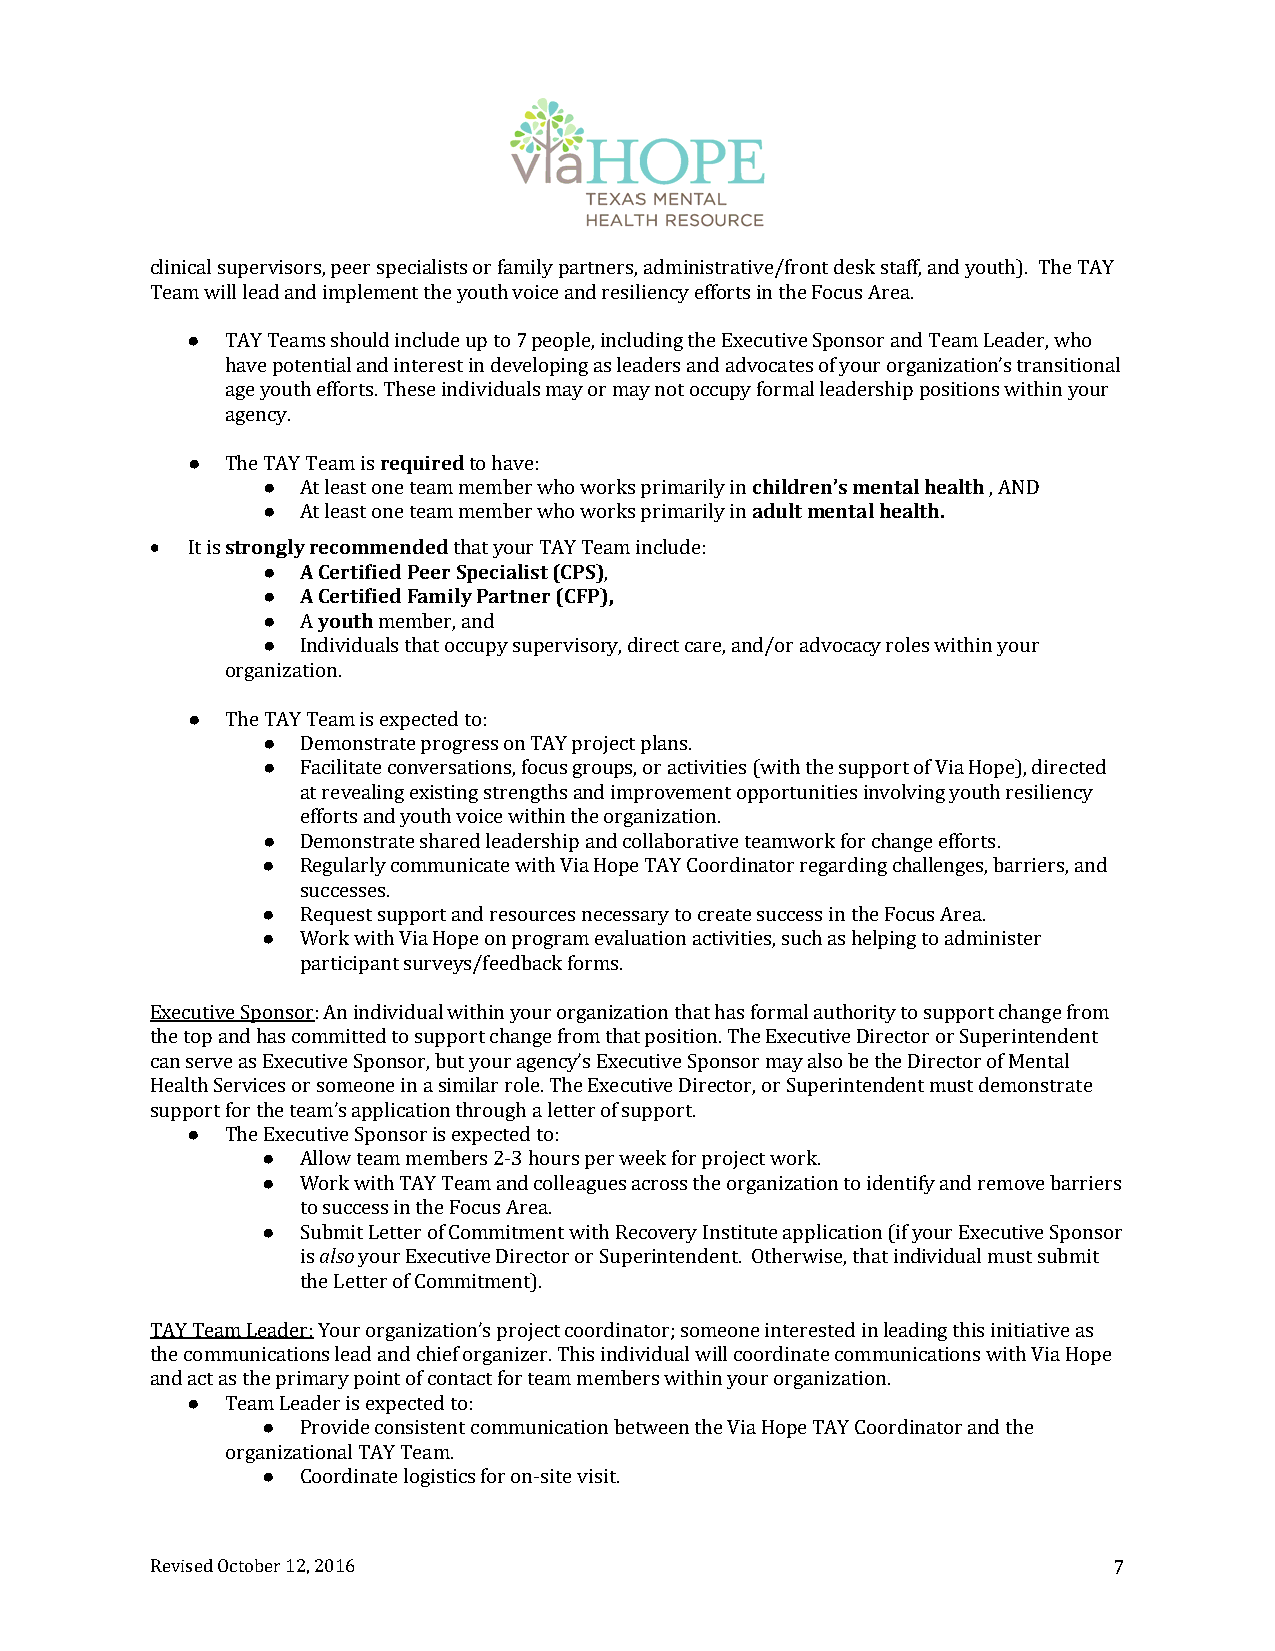
clinical supervisors, peer specialists or family partners, administrative/front desk staff, and youth). The TAY
 Team will lead and implement the youth voice and resiliency efforts in the Focus Area.
 ●  TAY Teams should include up to 7 people, including the Executive Sponsor and Team Leader, who
 have potential and interest in developing as leaders and advocates of your organization’s transitional
 age youth efforts. These individuals may or may not occupy formal leadership positions within your
 agency.
 ●  The TAY Team is required to have:
 ●  At least one team member who works primarily in children’s mental health , AND
 ●  At least one team member who works primarily in adult mental health.
  It is strongly recommended that your TAY Team include:
 ●  A Certified Peer Specialist (CPS),
 ●  A Certified Family Partner (CFP),
 ●  A youth member, and
 ●  Individuals that occupy supervisory, direct care, and/or advocacy roles within your
 organization.
 ●  The TAY Team is expected to:
 ●  Demonstrate progress on TAY project plans.
 ●  Facilitate conversations, focus groups, or activities (with the support of Via Hope), directed
 at revealing existing strengths and improvement opportunities involving youth resiliency
 efforts and youth voice within the organization.
 ●  Demonstrate shared leadership and collaborative teamwork for change efforts.
 ●  Regularly communicate with Via Hope TAY Coordinator regarding challenges, barriers, and
 successes.
 ●  Request support and resources necessary to create success in the Focus Area.
 ●  Work with Via Hope on program evaluation activities, such as helping to administer
 participant surveys/feedback forms.
 Executive Sponsor: An individual within your organization that has formal authority to support change from
 the top and has committed to support change from that position. The Executive Director or Superintendent
 can serve as Executive Sponsor, but your agency’s Executive Sponsor may also be the Director of Mental
 Health Services or someone in a similar role. The Executive Director, or Superintendent must demonstrate
 support for the team’s application through a letter of support.
 ●  The Executive Sponsor is expected to:
 ●  Allow team members 2‐3 hours per week for project work.
 ●  Work with TAY Team and colleagues across the organization to identify and remove barriers
 to success in the Focus Area.
 ●  Submit Letter of Commitment with Recovery Institute application (if your Executive Sponsor
 is also your Executive Director or Superintendent. Otherwise, that individual must submit
 the Letter of Commitment).
 TAY Team Leader: Your organization’s project coordinator; someone interested in leading this initiative as
 the communications lead and chief organizer. This individual will coordinate communications with Via Hope
 and act as the primary point of contact for team members within your organization.
 ●  Team Leader is expected to:
 ●  Provide consistent communication between the Via Hope TAY Coordinator and the
 organizational TAY Team.
 ●  Coordinate logistics for on‐site visit.
 Revised October 12, 2016                                        7